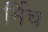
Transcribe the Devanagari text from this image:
र्मिच